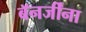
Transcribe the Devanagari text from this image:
बॅनर्जींना